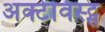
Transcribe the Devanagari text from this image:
अक्टेविस्ट्स